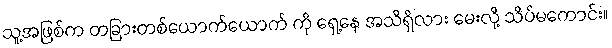
သူ့အဖြစ်က တခြားတစ်ယောက်ယောက် ကို ရှေ့နေ အသိရှိလား မေးလို့ သိပ်မကောင်း။